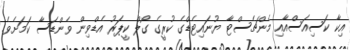
އިކާ ކަސިއަސްއާއި މެންޗެސްޓާ ޔުނައިޓެޑްގެ ކުރީގެ ގޯލް ކީޕަރު އެޑްވިން ވެންޑަސާ ކަމަށެވެ.